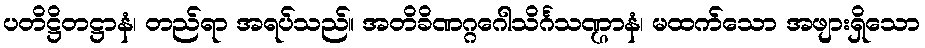
ပတိဋ္ဌိတဋ္ဌာနံ၊ တည်ရာ အရပ်သည်။ အတိခိဏဂ္ဂဂေါသိင်္ဂသဏ္ဌာနံ၊ မထက်သော အဖျားရှိသော